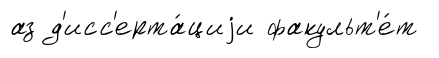
аз д'исс'ерта́циjи факульт'е́т